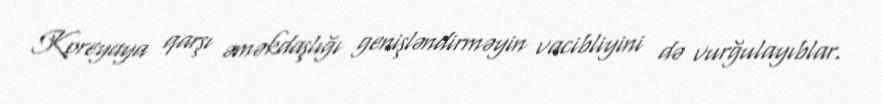
Koreyaya qarşı əməkdaşlığı genişləndirməyin vacibliyini də vurğulayıblar.